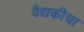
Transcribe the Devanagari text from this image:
वैद्यकीचा